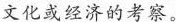
文化或经济的考察。